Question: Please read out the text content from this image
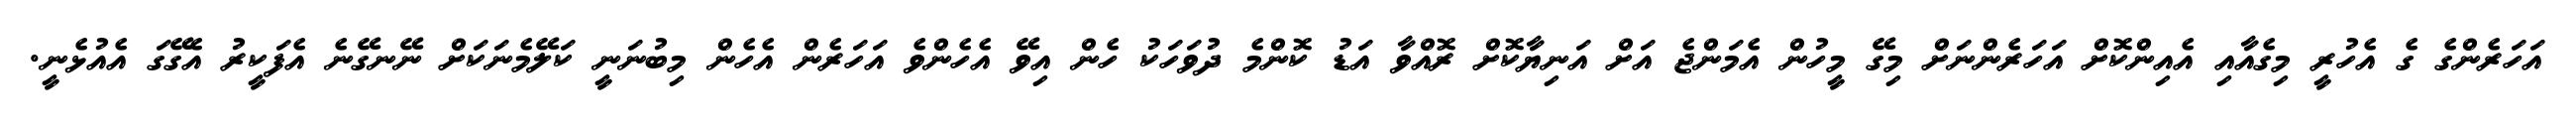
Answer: އަހަރެންގެ ގެ އެހުރީ މިގެއާއި އެއިންކޮށް އަހަރެންނަށް މިގޭ މީހުން އެމަންޖެ އަށް އަނިޔާކޮށް ރޮއްވާ އަޑު ކޮންމެ ދުވަހަކު ހެން އިވޭ އެހެންވެ އަހަރެން އެހެން މިބުނަނީ ކަލޭމެނަކަށް ނޭނގޭނެ އެފަކީރު އެގޭގަ އެއުޅެނީ.